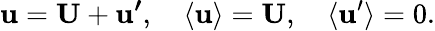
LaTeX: \boldsymbol{\mathbf{u}}=\boldsymbol{\mathrm{{U}}}+\boldsymbol{\mathbf{u}^{\prime}},\quad\langle\boldsymbol{\mathbf{u}}\rangle=\boldsymbol{\mathrm{{U}}},\quad\langle\boldsymbol{\mathbf{u}}^{\prime}\rangle=0.